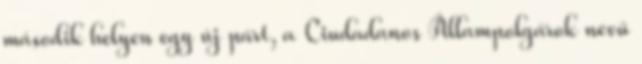
második helyen egy új párt, a Ciudadanos Állampolgárok nevű